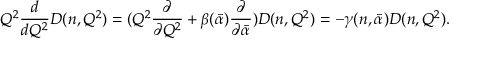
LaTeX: Q ^ { 2 } \frac { d } { d Q ^ { 2 } } D ( n , Q ^ { 2 } ) = ( Q ^ { 2 } \frac { \partial } { \partial Q ^ { 2 } } + \beta ( \bar { \alpha } ) \frac { \partial } { \partial \bar { \alpha } } ) D ( n , Q ^ { 2 } ) = - \gamma ( n , \bar { \alpha } ) D ( n , Q ^ { 2 } ) .